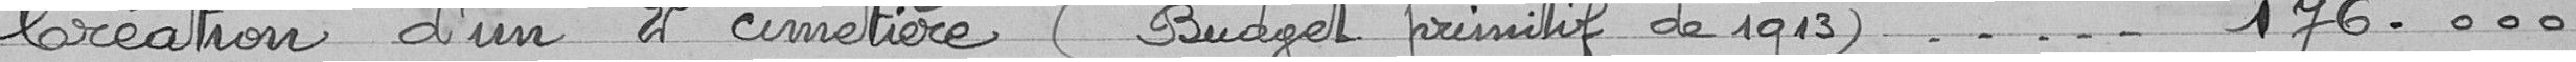
Création d'un 2° cimetière (Budget primitif de 1912) ........ 176.000